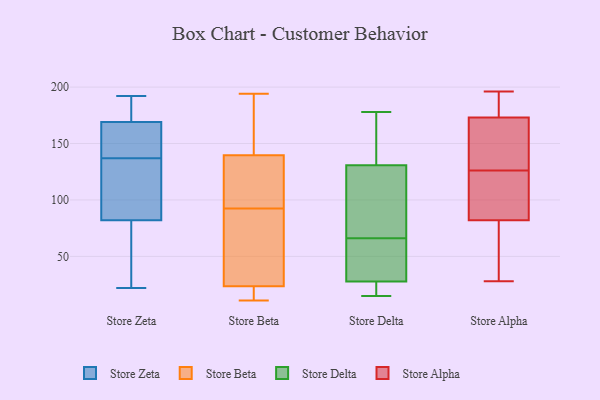
{"axis": {"x": "Tickets Resolved", "y": "Value"}, "legend": ["Store Alpha", "Store Beta", "Store Delta", "Store Zeta"], "data": [{"x": "", "y": 159, "type": "Store Zeta"}, {"x": "", "y": 71, "type": "Store Zeta"}, {"x": "", "y": 153, "type": "Store Zeta"}, {"x": "", "y": 22, "type": "Store Zeta"}, {"x": "", "y": 62, "type": "Store Zeta"}, {"x": "", "y": 136, "type": "Store Zeta"}, {"x": "", "y": 138, "type": "Store Zeta"}, {"x": "", "y": 162, "type": "Store Zeta"}, {"x": "", "y": 188, "type": "Store Zeta"}, {"x": "", "y": 190, "type": "Store Zeta"}, {"x": "", "y": 92, "type": "Store Zeta"}, {"x": "", "y": 169, "type": "Store Zeta"}, {"x": "", "y": 129, "type": "Store Zeta"}, {"x": "", "y": 190, "type": "Store Zeta"}, {"x": "", "y": 82, "type": "Store Zeta"}, {"x": "", "y": 192, "type": "Store Zeta"}, {"x": "", "y": 41, "type": "Store Zeta"}, {"x": "", "y": 136, "type": "Store Zeta"}, {"x": "", "y": 143, "type": "Store Beta"}, {"x": "", "y": 103, "type": "Store Beta"}, {"x": "", "y": 194, "type": "Store Beta"}, {"x": "", "y": 136, "type": "Store Beta"}, {"x": "", "y": 161, "type": "Store Beta"}, {"x": "", "y": 11, "type": "Store Beta"}, {"x": "", "y": 123, "type": "Store Beta"}, {"x": "", "y": 18, "type": "Store Beta"}, {"x": "", "y": 26, "type": "Store Beta"}, {"x": "", "y": 33, "type": "Store Beta"}, {"x": "", "y": 21, "type": "Store Beta"}, {"x": "", "y": 11, "type": "Store Beta"}, {"x": "", "y": 147, "type": "Store Beta"}, {"x": "", "y": 125, "type": "Store Beta"}, {"x": "", "y": 51, "type": "Store Beta"}, {"x": "", "y": 82, "type": "Store Beta"}, {"x": "", "y": 22, "type": "Store Delta"}, {"x": "", "y": 178, "type": "Store Delta"}, {"x": "", "y": 94, "type": "Store Delta"}, {"x": "", "y": 161, "type": "Store Delta"}, {"x": "", "y": 33, "type": "Store Delta"}, {"x": "", "y": 15, "type": "Store Delta"}, {"x": "", "y": 81, "type": "Store Delta"}, {"x": "", "y": 143, "type": "Store Delta"}, {"x": "", "y": 66, "type": "Store Delta"}, {"x": "", "y": 52, "type": "Store Delta"}, {"x": "", "y": 26, "type": "Store Delta"}, {"x": "", "y": 114, "type": "Store Alpha"}, {"x": "", "y": 144, "type": "Store Alpha"}, {"x": "", "y": 177, "type": "Store Alpha"}, {"x": "", "y": 80, "type": "Store Alpha"}, {"x": "", "y": 117, "type": "Store Alpha"}, {"x": "", "y": 135, "type": "Store Alpha"}, {"x": "", "y": 162, "type": "Store Alpha"}, {"x": "", "y": 45, "type": "Store Alpha"}, {"x": "", "y": 196, "type": "Store Alpha"}, {"x": "", "y": 100, "type": "Store Alpha"}, {"x": "", "y": 173, "type": "Store Alpha"}, {"x": "", "y": 188, "type": "Store Alpha"}, {"x": "", "y": 28, "type": "Store Alpha"}, {"x": "", "y": 82, "type": "Store Alpha"}]}